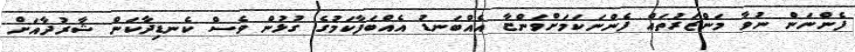
ފެންނަން ނުވާ މަންޒަރުތައް ފެންނަކަމަށްވަންޏާ އެއްބަނޑު އެއްބަފާކަމުގެ ގުޅުން ވެސް ކެނޑިދާކަން ޝާރުދާއަށް